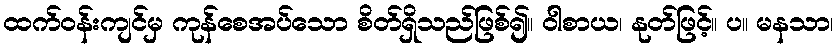
ထက်ဝန်းကျင်မှ ကုန်စေအပ်သော စိတ်ရှိသည်ဖြစ်၍။ ဝါစာယ၊ နုတ်ဖြင့်။ ပ။ မနသာ၊